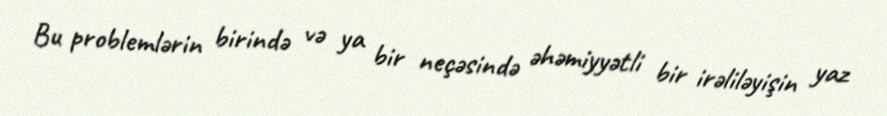
Bu problemlərin birində və ya bir neçəsində əhəmiyyətli bir irəliləyişin yaz